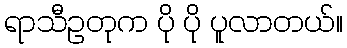
ရာသီဥတုက ပို ပို ပူလာတယ်။